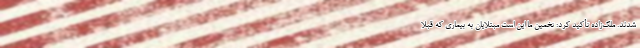
شدند. ملک‌زاده تأکید کرد: تخمین ما این است مبتلایان به بیماری که قبلاً